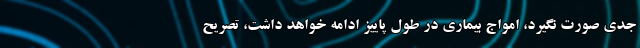
جدی صورت نگیرد، امواج بیماری در طول پاییز ادامه خواهد داشت، تصریح